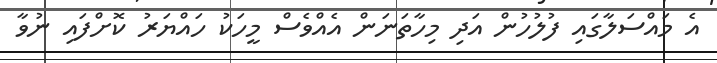
އެ މައްސަލާގައި ފުލުހުން އަދި މިހާތަނަން އެއްވެސް މީހަކު ހައްޔަރު ކޮށްފައި ނުވާ